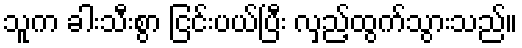
သူက ခါးသီးစွာ ငြင်းပယ်ပြီး လှည့်ထွက်သွားသည်။